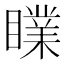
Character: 𥋙